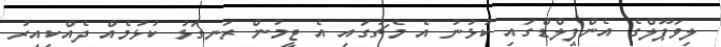
ލިވަޕޫލްގެ އެންފީލްޑްގައި ކުޅުނު އެ މެޗުގައި އެ ޓީމުން ރަނގަޅު ކުޅުމެއް ދެއްކިއިރު